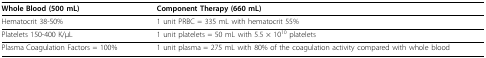
<table><thead><tr><td><b>Whole Blood (500 mL)</b></td><td><b>Component Therapy (660 mL)</b></td></tr></thead><tbody><tr><td>Hematocrit 38-50%</td><td>1 unit PRBC = 335 mL with hematocrit 55%</td></tr><tr><td>Platelets 150-400 K/μL</td><td>1 unit platelets = 50 mL with 5.5 × 10<sup>10 </sup>platelets</td></tr><tr><td>Plasma Coagulation Factors = 100%</td><td>1 unit plasma = 275 mL with 80% of the coagulation activity compared with whole blood</td></tr></tbody></table>